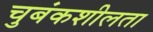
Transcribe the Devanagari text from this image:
चुबंकशीलता